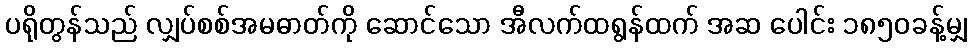
ပရိုတွန်သည် လျှပ်စစ်အမဓာတ်ကို ဆောင်သော အီလက်ထရွန်ထက် အဆ ပေါင်း ၁၈၅၀ခန့်မျှ